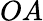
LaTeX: OA